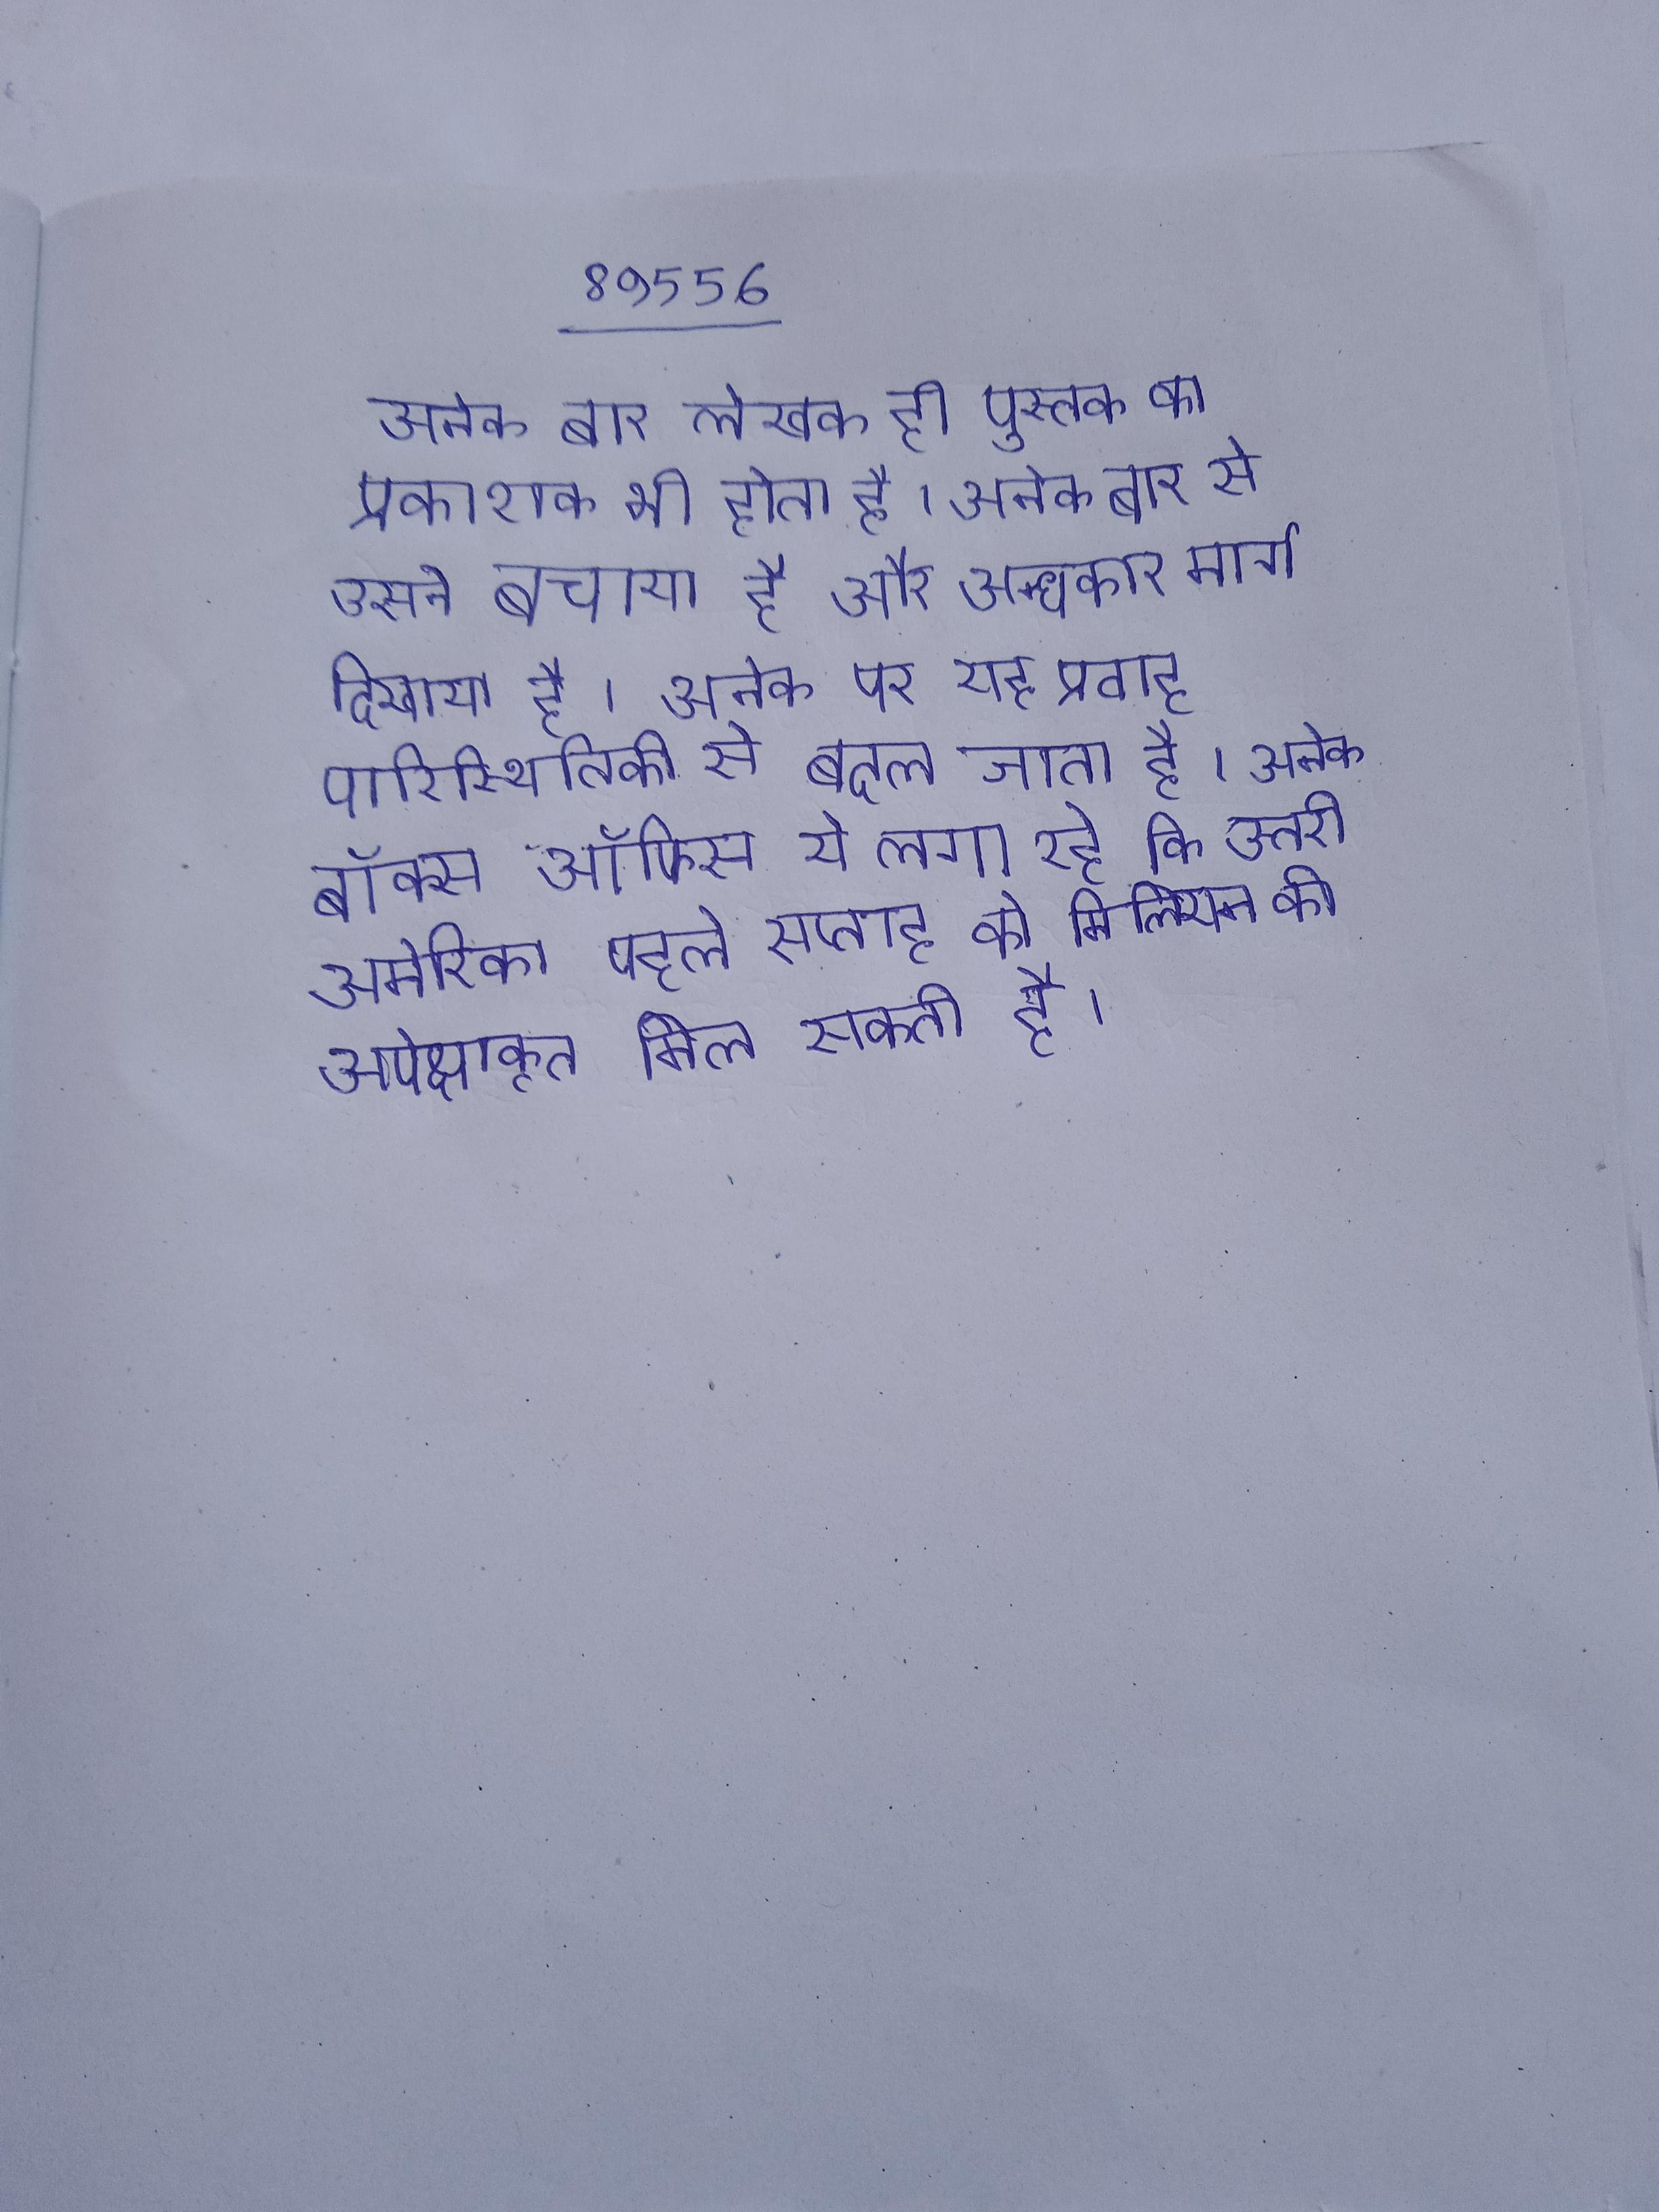
अनेक बार लेखक ही पुस्तक का प्रकाशक भी होता है । अनेक बार से उसने बचाया है और अन्धकार मार्ग दिखाया है । अनेक पर यह प्रवाह पारिस्थितिकी से बदल जाता है । अनेक बॉक्स ऑफिस ये लगा रहे कि उत्तरी अमेरिका पहले सप्ताह को मिलियन की अपेक्षाकृत मिल सकती है ।